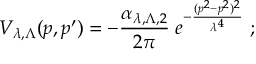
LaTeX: V _ { \lambda , \Lambda } ( p , p ^ { \prime } ) = - \frac { \alpha _ { \lambda , \Lambda , 2 } } { 2 \pi } \; e ^ { - \frac { ( p ^ { 2 } - p ^ { 2 } ) ^ { 2 } } { \lambda ^ { 4 } } } \; ;